Report of the Indian Hemp Drugs Commission, 1894-1895 - Volume IV
Year: 1894
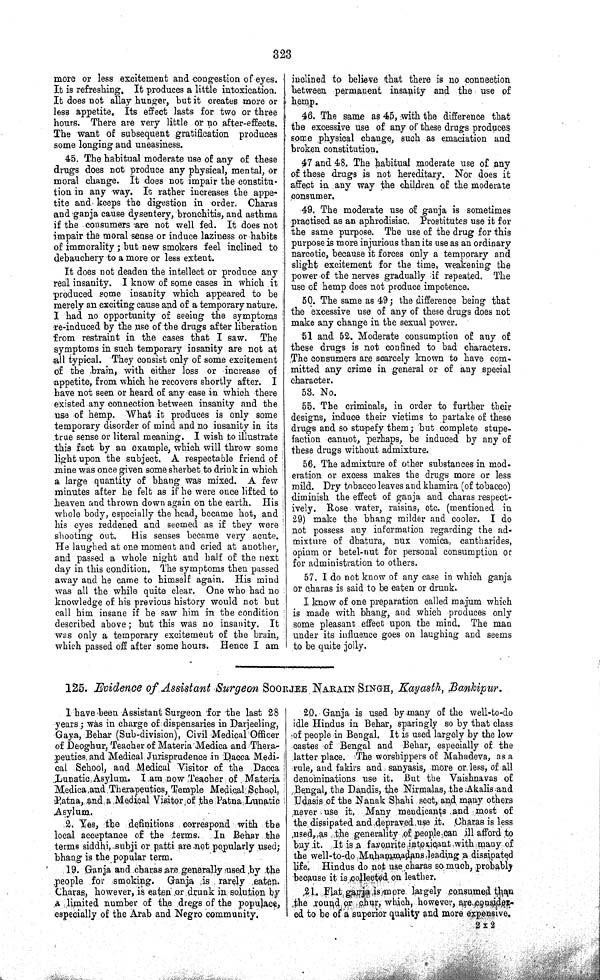
323
more or less excitement and congestion of eyes.
It is refreshing. It produces a little intoxication.
It does not allay hunger, but it creates more or
less appetite. Its effect lasts for two or three
hours. There are very little or no after-effects.
The want of subsequent gratification produces
some longing and uneasiness.
45. The habitual moderate use of any of these
drugs does not produce any physical, mental, or
moral change. It does not impair the constitu-
tion in any way. It rather increases the appe-
tite and- keeps the digestion in order, Charas
and ganja cause dysentery, bronchitis, and asthma
if the consumers are not well fed. It does not
impair the moral sense or induce laziness or habits
of immorality; but new smokers feel inclined to
debauchery to a more or less extent.
It does not deaden the intellect or produce any
real insanity. I know of some cases in which it
produced some insanity which appeared to be
merely an exciting cause and of a temporary nature.
I had no opportunity of seeing the symptoms
re-induced by the use of the drugs after liberation
from restraint in the cases that I saw. The
symptoms in such temporary insanity are not at
all typical. They consist only of some excitement
of the brain, with either loss or increase of
appetite, from which he recovers shortly after. I
have not seen or heard of any case in which there
existed any connection between insanity and the
use of hemp. What it produces is only some
temporary disorder of mind and no insanity in its
true sense or literal meaning. I wish to illustrate
this fact by an example, which will throw some
light upon the subject. A respectable friend of
mine was once given some sherbet to drink in which
a large quantity of bhang was mixed. A few
minutes after be felt as if he were once lifted to
heaven and thrown down again on the earth. His
whole body, especially the head, became hot, and
his eyes reddened and seemed as if they were
shooting out.
His senses became very acute.
He laughed at one moment and cried at another,
and passed a whole night and half of the next
day in this condition. The symptoms then passed
away and he came to himself again. His mind
was all the while quite clear. One who had no
knowledge of his previous history would not but
call him insane if he saw him in the condition
described above; but this was no insanity. It
was only a temporary excitement of the brain,
which passed off after some hours. Hence I am
inclined to believe that there is no connection
between permanent insanity and the use of
hemp.
46. The same as 45, with the difference that
the excessive use of any of these drugs produces
some physical change, such as emaciation and
broken constitution.
47 and 48. The habitual moderate use of any
of these drugs is not hereditary. Nor does it
affect in any way the children of the moderate
consumer.
49. The moderate use of ganja is sometimes
practised as an aphrodisiac. Prostitutes use it for
the same purpose. The use of the drug for this
purpose is more injurious than its use as an ordinary
narcotic, because it forces only a temporary and
slight excitement for the time, weakening the
power of the nerves gradually if repeated. The
use of hemp does not produce impotence.
50. The same as 49; the difference being that
the excessive use of any of these drugs does not
make any change in the sexual power.
51 and 52. Moderate consumption of any of
these drugs is not confined to bad characters.
The consumers are scarcely known to have com-
mitted any crime in general or of any special
character.
53. No.
55. The criminals, in order to further their
designs, induce their victims to partake of these
drugs and so stupefy them; but complete stupe-
faction cannot, perhaps, be induced by any of
these drugs without admixture.
56. The admixture of other substances in mod-
eration or excess makes the drugs more or less
mild. Dry tobacco leaves and khamira (of tobacco)
diminish the effect of ganja and charas respect-
ively. Rose water, raisins, etc. (mentioned in
29) make the bhang milder and cooler. I do
not possess any information regarding the ad-
mixture of dhatura, nux vomica, cantharides,
opium or betel-nut for personal consumption or
for administration to others.
57. I do not know of any case in which ganja
or charas is said to be eaten or drunk.
I know of one preparation called majum which
is made with bhang, and which produces only
some pleasant effect upon the mind. The man
under its influence goes on laughing and seems
to be quite jolly.
125. Evidence of Assistant Surgeon SOORJEE NARAIN SINGH, Kayasth, Bankipur.
I have been Assistant Surgeon for the last 28
years; was in charge of dispensaries in Darjeeling,
Gaya, Behar (Sub-division), Civil Medical Officer
of Deoghur, Teacher of Materia Medica and Thera-
peutics and Medical Jurisprudence in Dacca Medi-
cal School, and Medical Visitor of the Dacca
Lunatic Asylum. I am now Teacher of Materia
Medica and Therapeutics, Temple Medical School,
Patna, and a Medical Visitor of the Patna Lunatic
Asylum.
2. Yes, the definitions correspond with the
local acceptance of the terms. In Behar the
terms siddhi, subji or patti are not popularly used;
bhang is the popular term.
19. Ganja and charas are generally used by the
people for smoking. Ganja is rarely eaten.
Charas, however, is eaten or drunk in solution by
a limited number of the dregs of the populace,
especially of the Arab and Negro community.
20. Ganja is used by many of the well-to-do
idle Hindus in Behar, sparingly so by that class
of people in Bengal. It is used largely by the low
castes of Bengal and Behar, especially of the
latter place. The worshippers of Mahadeva, as a
rule, and fakirs and sanyasis, more or less, of all
denominations use it. But the Vaishnavas of
Bengal, the Dandis, the Nirmalas, the Akalis and
Udasis of the Nanak Shahi sect, and many others
never use it. Many mendicants and most of
the dissipated and depraved use it. Charas is less
used, as the generality of people can ill afford to
buy it. It is a favourite intoxicant with many of
the well-to-do Muhammadans leading a dissipated
life. Hindus do not use charas so much, probably
because it is collected on leather.
21. Flat ganja is more largely consumed than
the round or chur, which, however, are consider-
ed to be of a superior quality and more expensive.
2 X 2